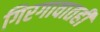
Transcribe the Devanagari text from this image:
गिरगावातही